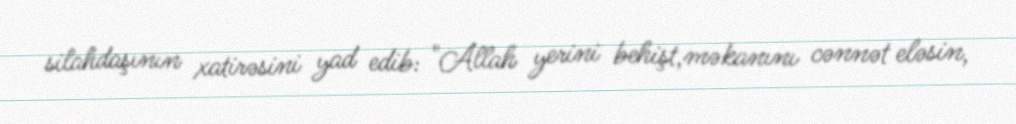
silahdaşının xatirəsini yad edib: "Allah yerini behişt,məkanını cənnət eləsin,